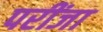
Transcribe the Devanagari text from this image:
परींजा